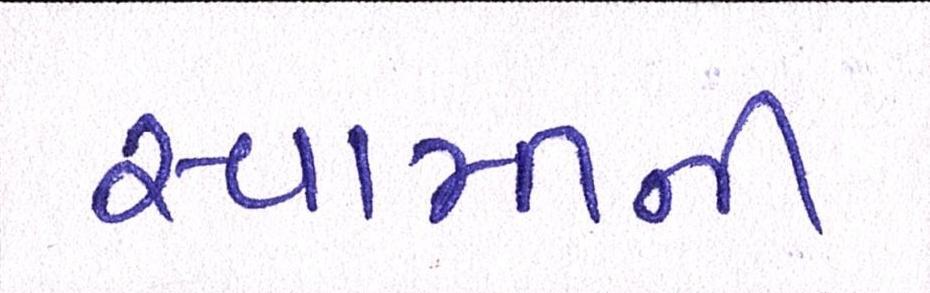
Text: સ્વામીની